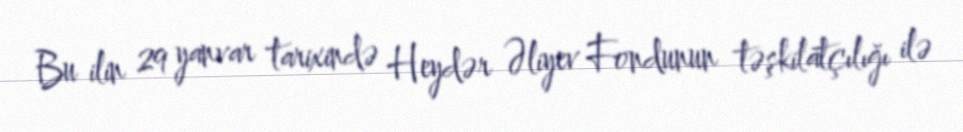
Bu ilin 29 yanvar tarixində Heydər Əliyev Fondunun təşkilatçılığı ilə